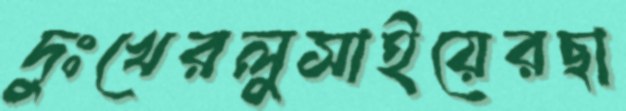
দুঃখেরলুসাইয়েরছা